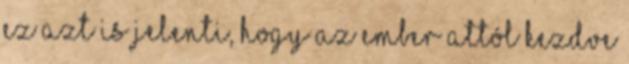
ez azt is jelenti, hogy az ember attól kezdve